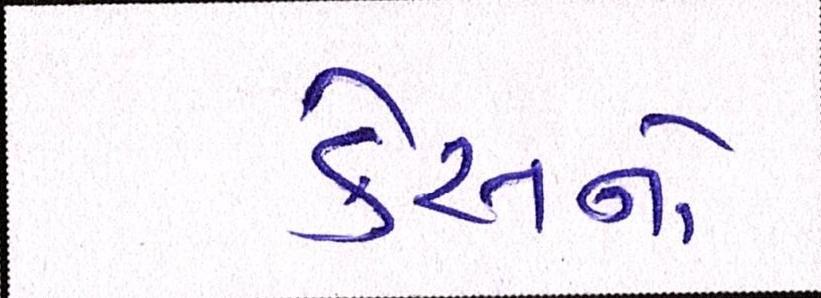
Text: કેસનો